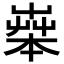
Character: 𦱧